Document type: Sale
Year: 1461
Scribe: [Unknown]
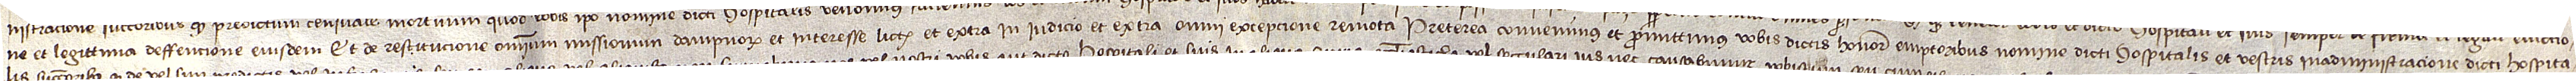
ne et legittima deffencione eiusdem; et de restitucione omnium missionum, dampnorum et interesse, littis et extra, in iudicio et extra, omni excepcione remota. Preterea convenimus et promittimus vobis dictis honorabilibus emptoribus nomine dicti hospitalis et vestris in administracione dicti hospita-